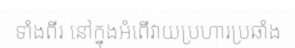
ទាំងពីរ នៅក្នុងអំពើវាយប្រហារប្រឆាំង